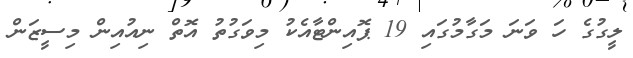
ލީގުގެ ހަ ވަނަ މަގާމުގައި 19 ޕޮއިންޓާއެކު މިވަގުތު އޮތް ނިއުއިން މިސީޒަން